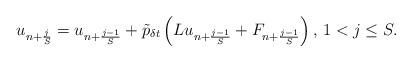
LaTeX: \begin{align*}u_{n+\frac{j}{S}} = u_{n+\frac{j-1}{S}} + \tilde{p}_{\delta t} \left( Lu_{n+\frac{j-1}{S}} +F_{n+\frac{j-1}{S}}\right) \mbox{, }1<j\leq S.\end{align*}